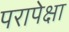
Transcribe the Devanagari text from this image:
परापेक्षा